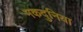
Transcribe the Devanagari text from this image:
मकदुनिया